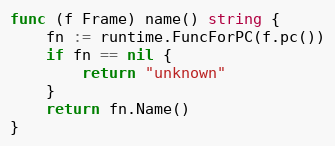
Language: Go
func (f Frame) name() string {
	fn := runtime.FuncForPC(f.pc())
	if fn == nil {
		return "unknown"
	}
	return fn.Name()
}